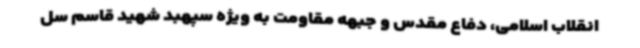
انقلاب اسلامی، دفاع مقدس و جبهه مقاومت به ویژه سپهبد شهید قاسم سل